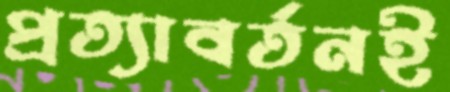
প্রত্যাবর্তনই